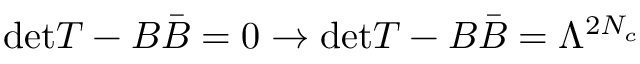
\mathrm { d e t } T - B \bar { B } = 0 \rightarrow \mathrm { d e t } T - B \bar { B } = \Lambda ^ { 2 N _ { c } }